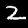
Digit: 2